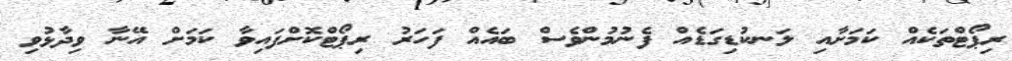
ރިޕޯޓްތަކެއް ކަމަށާއި ލަނކުޑިގަޑެއް ފެނުމުންވެސް ބައެއް ފަހަރު ރިޕޯޓްކޮށްފައިވާ ކަމަށް އޭނާ ވިދާޅުވި